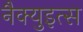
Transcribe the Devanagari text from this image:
नैक्युइत्स